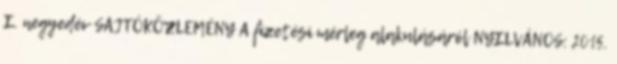
I. negyedév SAJTÓKÖZLEMÉNY A fizetési mérleg alakulásáról NYILVÁNOS: 2015.